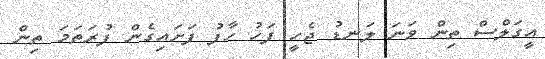
އީގަލްސް ތިން ވަނަ ލަނޑު ޖެހީ ފަހު ހާފު ފަށައިގެން ފުރަތަމަ ތިން